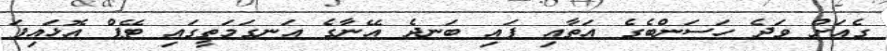
ގެއަށް ވަދެ ހަސަންބެގެ އަތާއި ފައި ބަނދެ އޭނާގެ އަނގަމަތީގައި ޓޭޕް އޮޅައިފަ